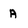
Character: A